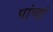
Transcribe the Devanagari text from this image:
पांचां